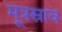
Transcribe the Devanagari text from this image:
मूत्रस्राव